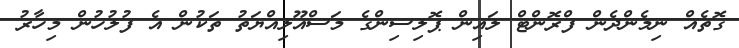
ގޮތެއް ނިމެންދެން ފްރޮންޓް ލައިން ޕޮލިސިންގެ މަސްއޫލިއްޔަތު ތަކުން އެ ފުލުހުން މިހާރު